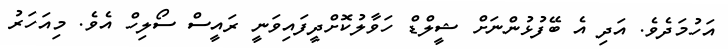
އަހުމަދެވެ. އަދި އެ ބޭފުޅުންނަށް ޝީލްޑް ހަވާލުކޮށްދީފައިވަނީ ރައީސް ސޯލިހް އެވެ. މިއަހަރު